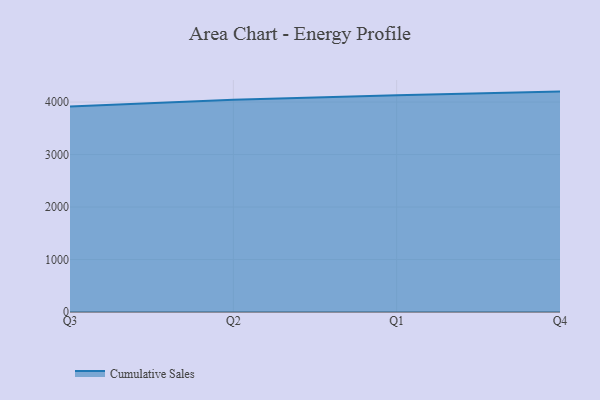
{"axis": {"x": "Quarter", "y": "Inventory Turnover"}, "legend": ["Cumulative Sales"], "data": [{"x": "Q3", "y": 3915.9, "type": "Cumulative Sales"}, {"x": "Q2", "y": 4045.8, "type": "Cumulative Sales"}, {"x": "Q1", "y": 4129.8, "type": "Cumulative Sales"}, {"x": "Q4", "y": 4199.4, "type": "Cumulative Sales"}]}